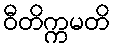
ဝီတိက္ကမတိ